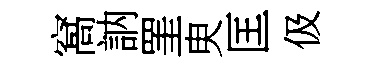
窩訥罣㬰匡伋